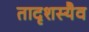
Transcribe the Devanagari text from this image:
तादृशस्यैव